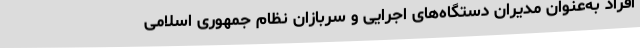
افراد به‌عنوان مدیران دستگاه‌های اجرایی و سربازان نظام جمهوری اسلامی